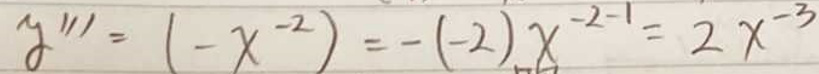
\[
y'''=(-x^{-2})=-(-2)x^{-2 - 1}=2x^{-3}
\]